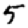
Digit: 5